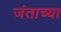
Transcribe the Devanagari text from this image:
जंताच्या